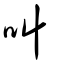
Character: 叫